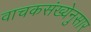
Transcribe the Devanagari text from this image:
वाचकसंख्येनुसार